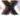
X